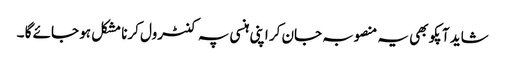
شاید آپکو بھی یہ منصوبہ جان کر اپنی ہنسی پہ کنٹرول کرنا مشکل ہو جائے گا ۔